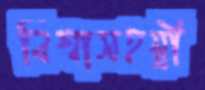
বিশ্বাসহন্ত্রী